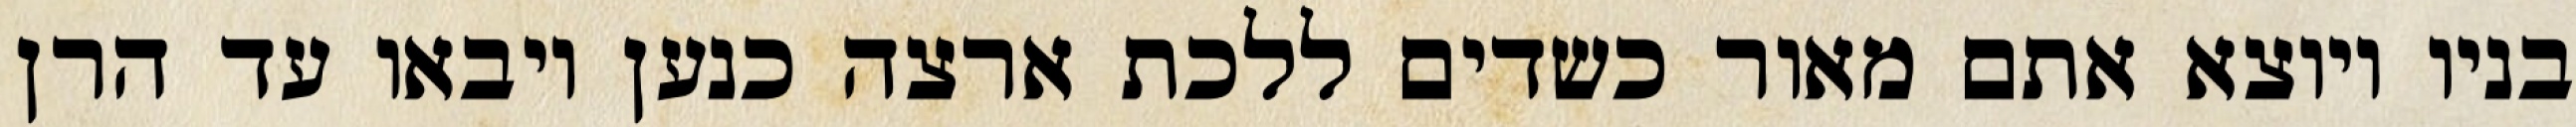
בניו ויוצא אתם מאור כשדים ללכת ארצה כנען ויבאו עד הרן